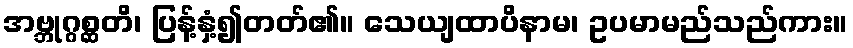
အဗ္ဘုဂ္ဂစ္ဆတိ၊ ပြန့်နှံ့၍တတ်၏။ သေယျထာပိနာမ၊ ဥပမာမည်သည်ကား။